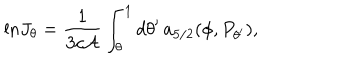
{ \ln } J _ { \theta } = { \frac { 1 } { 3 c { \cal A } } } \int _ { \theta } ^ { 1 } d \theta ^ { \prime } \, a _ { 5 / 2 } ( \phi , P _ { \theta ^ { \prime } } ) ,